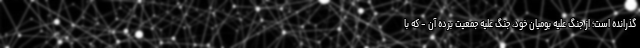
گذرانده است؛ از جنگ علیه بومیان خود، جنگ علیه جمعیت برده آن - که با